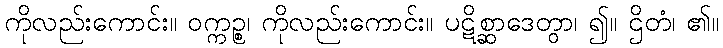
ကိုလည်းကောင်း။ ဝက္ကဉ္စ၊ ကိုလည်းကောင်း။ ပဋိစ္ဆာဒေတွာ၊ ၍။ ဌိတံ၊ ၏။